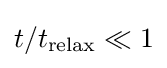
t/t_{\text{relax}}\ll 1